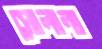
সোলানা